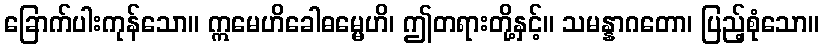
ခြောက်ပါးကုန်သော။ ဣမေဟိခေါဓမ္မေဟိ၊ ဤတရားတို့နှင့်။ သမန္နာဂတော၊ ပြည့်စုံသော။